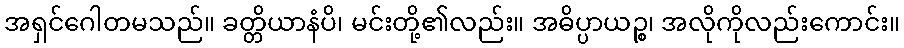
အရှင်ဂေါတမသည်။ ခတ္တိယာနံပိ၊ မင်းတို့၏လည်း။ အဓိပ္ပာယဉ္စ၊ အလိုကိုလည်းကောင်း။